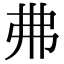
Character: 𢎵